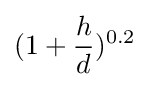
(1+{\frac {h}{d}})^{0.2}